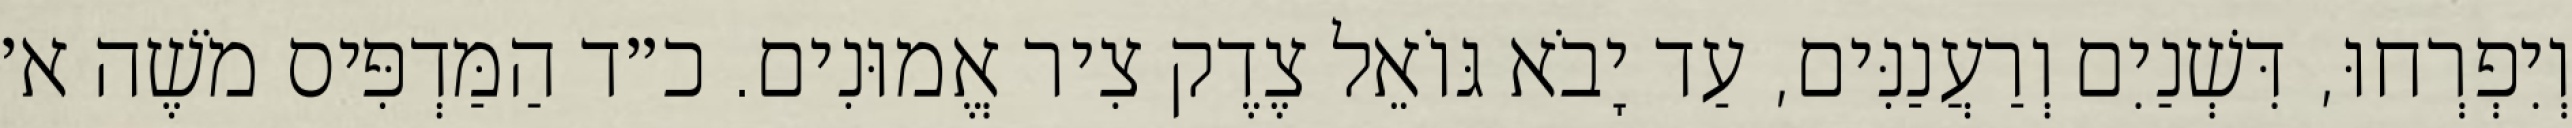
וְיִפְרְחוּ, דִּשְׁנַיִם וְרַעֲנַנִּים, עַד יָבֹא גּוֹאֵל צֶדֶק צִיר אֱמוּנִים. כ״ד הַמַּדְפִּיס מֹשֶׁה א׳